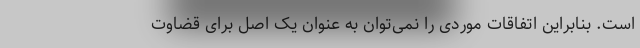
است. بنابراین اتفاقات موردی را نمی‌توان به عنوان یک اصل برای قضاوت